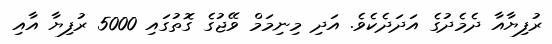
ރުފިޔާއާ ދެމެދުގެ އަދަދެކެވެ. އަދި މިނިމަމް ވޭޖުގެ ގޮތުގައި 5000 ރުފިޔާ އާއި